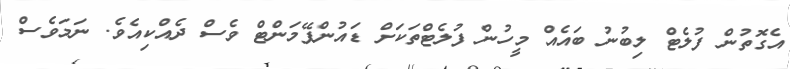
އެގޮތުން ފުލެޓް ލިބުނު ބައެއް މީހުން ފުލެޓްތަކަށް ޑައުންޕޭމަންޓް ވެސް ދެއްކިއެވެ. ނަމަވެސް